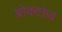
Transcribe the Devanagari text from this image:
प्रोक्टोज़